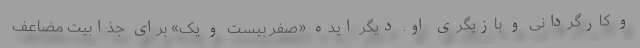
و کارگردانی و بازیگری او. دیگر ایده «صفر بیست و یک» برای جذابیت مضاعف